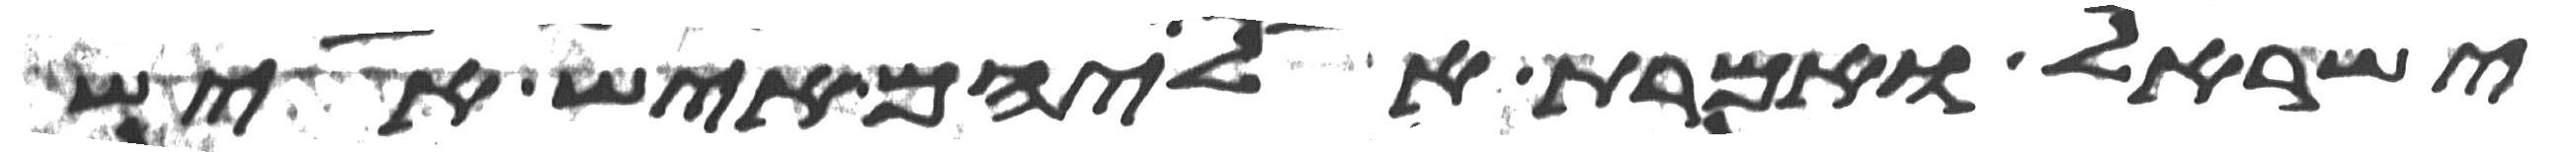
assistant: ישראל ואמרת אליהם איש איש